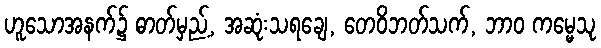
ဟူသောအနက်၌ ဓာတ်မှည့်, အဆုံးသရချေ, တေဝိဘတ်သက်, ဘာဝ ကမ္မေသု